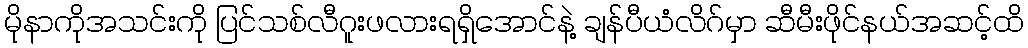
မိုနာကိုအသင်းကို ပြင်သစ်လီဂူးဖလားရရှိအောင်နဲ့ ချန်ပီယံလိဂ်မှာ ဆီမီးဖိုင်နယ်အဆင့်ထိ